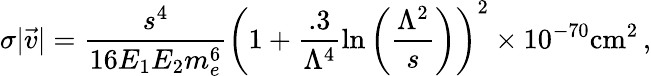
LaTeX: \sigma|\vec{v}|=\frac{s^{4}}{16E_{1}E_{2}m_{e}^{6}}\left(1+\frac{.3}{\Lambda^{4}}\ln\left(\frac{\Lambda^{2}}{s}\right)\right)^{2}\times 10^{-70}\mathrm{cm}^{2}\, ,